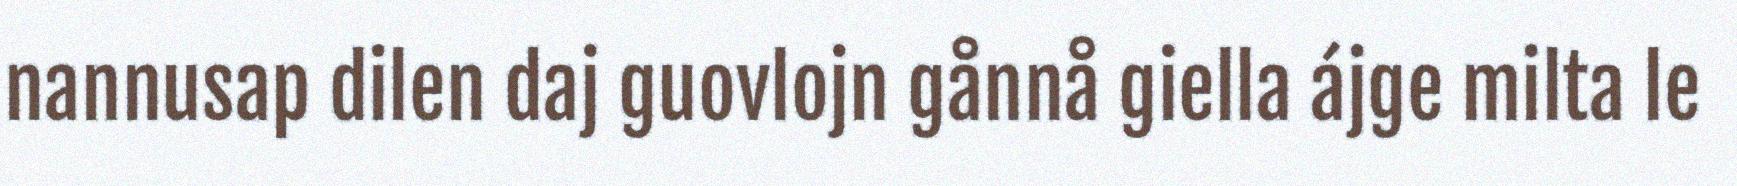
nannusap dilen daj guovlojn gånnå giella ájge milta le